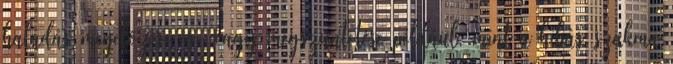
haladás megelõzése és vagy megszüntetése például, mint a hibás szakma